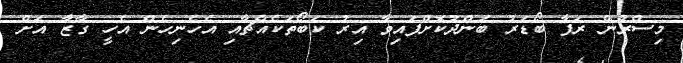
މިސްރުން ރަފާ ބޯޑަރު ބަންދުކޮށްފައިވާ އިރު ކަބޯތަކެއްޗާއި އެހެނިހެން އެހީ ގާޒާ އަށް